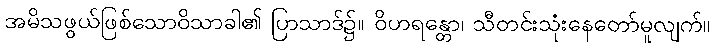
အမိသဖွယ်ဖြစ်သောဝိသာခါ၏ ပြာသာဒ်၌။ ဝိဟရန္တော၊ သီတင်းသုံးနေတော်မူလျက်။